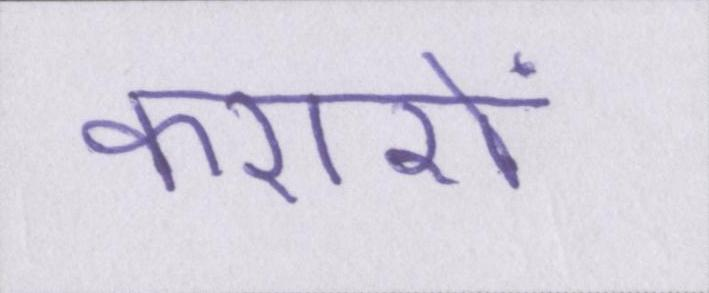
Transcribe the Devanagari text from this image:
करारों